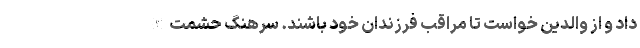
داد و از والدین خواست تا مراقب فرزندان خود باشند. سرهنگ حشمت الله